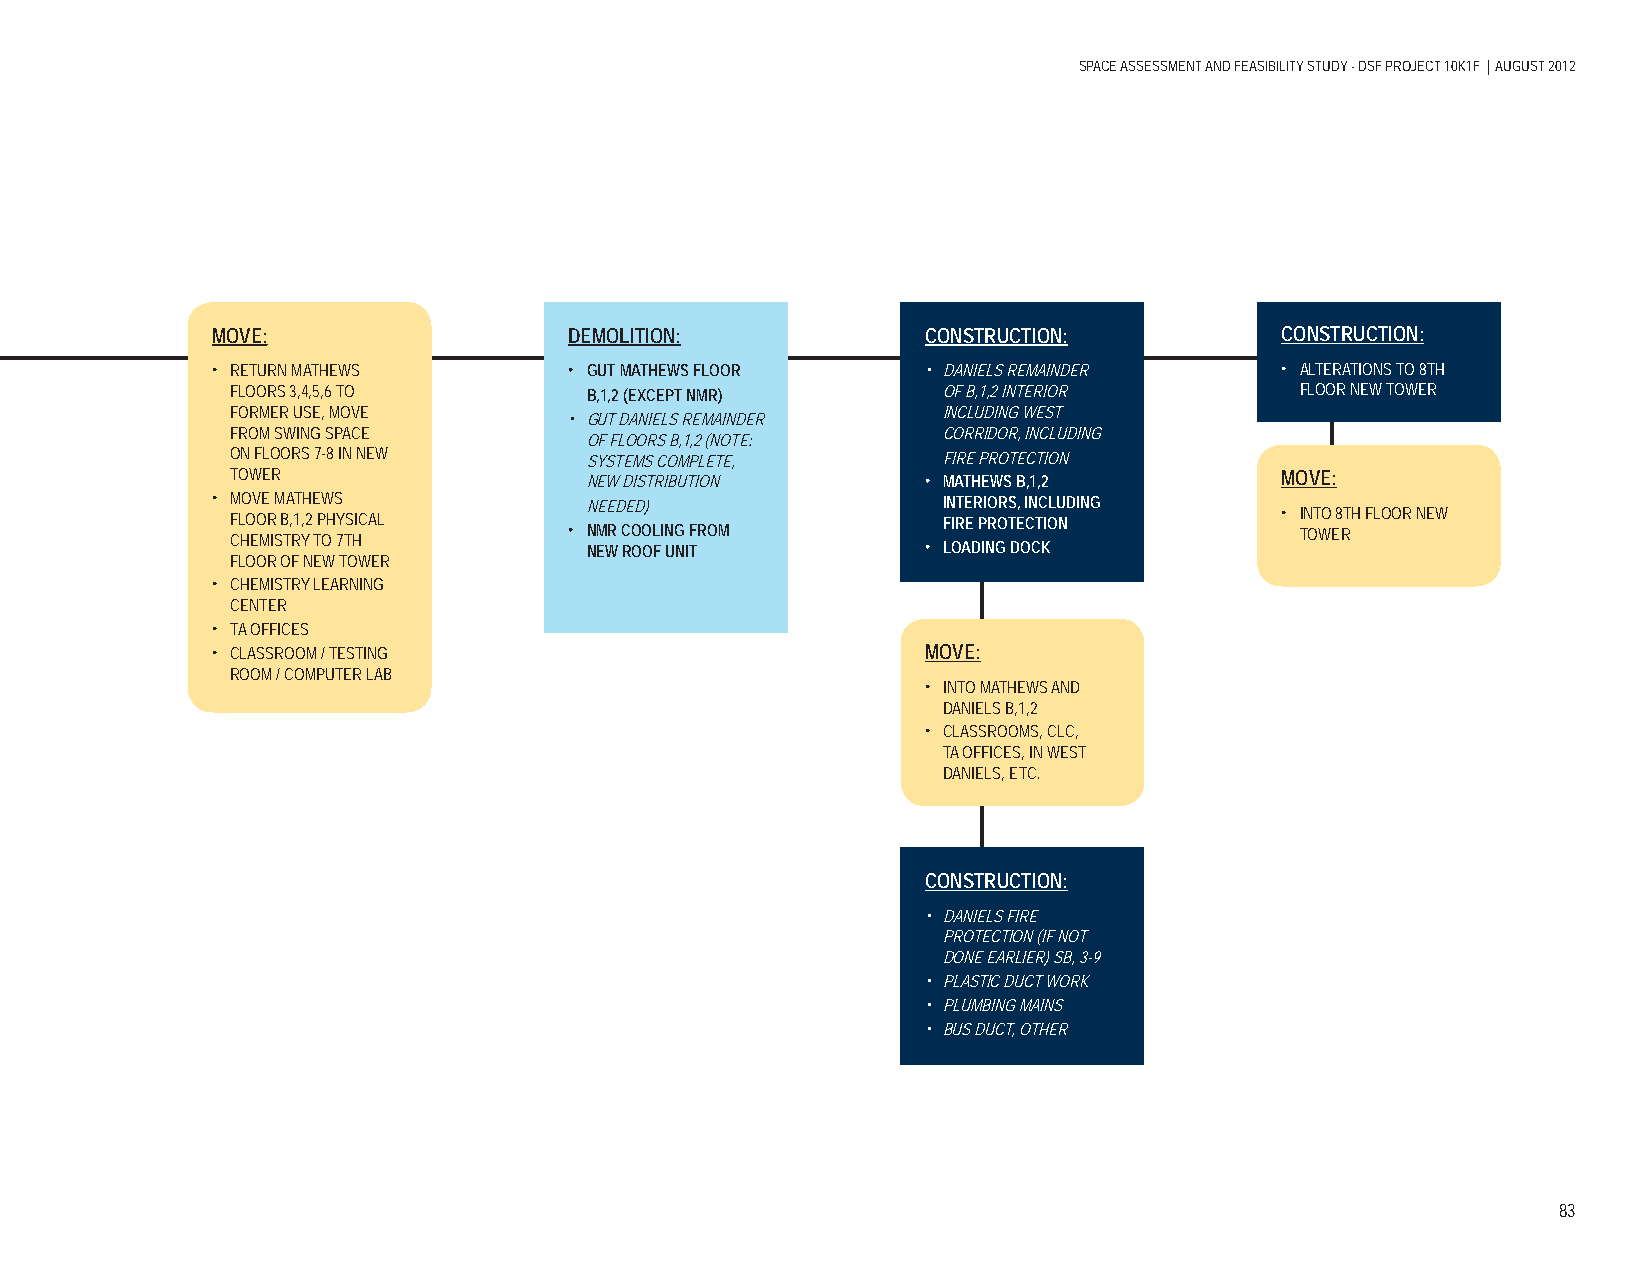
SPACE ASSESSMENT AND FEASIBILITY STUDY - DSF PROJECT 10K1F | AUGUST 2012
 MOVE:                   DEMOLITION:            CONSTRUCTION:           CONSTRUCTION:
 • RETURN MATHEWS        • GUT MATHEWS FLOOR    • DANIELS REMAINDER     • ALTERATIONS TO 8TH
 FLOORS 3,4,5,6 TO       B,1,2 (EXCEPT NMR)     OF B,1,2 INTERIOR       FLOOR NEW TOWER
 FORMER USE, MOVE       • GUT DANIELS REMAINDER INCLUDING WEST
 FROM SWING SPACE                               CORRIDOR, INCLUDING
 OF FLOORS B,1,2 (NOTE:
 ON FLOORS 7-8 IN NEW    SYSTEMS COMPLETE,      FIRE PROTECTION
 TOWER                   NEW DISTRIBUTION      • MATHEWS B,1,2         MOVE:
 • M F CL HO O EV O ME R I SM B TA , RT 1 Y,H 2 E TPW OH S Y 7 TS HIC AL • N N NE M EE WRD C RE O OD O O) L FI N UG N IF TROM • I F LN I ORT AE E DR P II NRO GOR TS DE, O I CN CTC KIOLU ND ING • I TN OT WO E 8 RTH FLOOR NEW
 FLOOR OF NEW TOWER
 • CHEMISTRY LEARNING
 CENTER
 • TA OFFICES
 • CLASSROOM / TESTING                          MOVE:
 ROOM / COMPUTER LAB
 • INTO MATHEWS AND
 DANIELS B,1,2
 • CLASSROOMS, CLC,
 TA OFFICES, IN WEST
 DANIELS, ETC.
 CONSTRUCTION:
 • DANIELS FIRE
 PROTECTION (IF NOT
 DONE EARLIER) SB, 3-9
 • PLASTIC DUCT WORK
 • PLUMBING MAINS
 • BUS DUCT, OTHER
 83